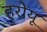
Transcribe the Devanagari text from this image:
हरोयू